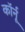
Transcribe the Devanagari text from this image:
कॉर्नू